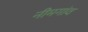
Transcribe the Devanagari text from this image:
नीमगांव